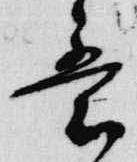
意